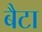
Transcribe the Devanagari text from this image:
बैटा